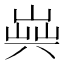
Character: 𠔞